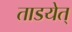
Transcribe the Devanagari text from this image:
ताडयेत्